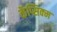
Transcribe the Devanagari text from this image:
कॅप्सिक्म